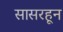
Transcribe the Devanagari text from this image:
सासरहून